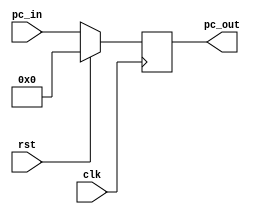

module pc_register(clk, rst, pc_in, 
					pc_out);
	input wire clk, rst;
	input wire[31:0] pc_in;
	output reg[31:0] pc_out;

    always @(posedge clk) begin
        if (rst) pc_out = 32'b0;
	else pc_out = pc_in;
    end

endmodule // pc_register